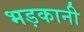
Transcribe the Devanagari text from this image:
भड़कानी